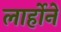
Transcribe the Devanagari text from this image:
लार्होने